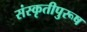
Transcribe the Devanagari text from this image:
संस्कृतीपुरूष